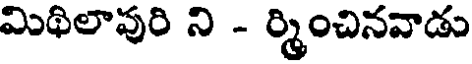
మిథిలావురి ని - ర్మించినవాడు